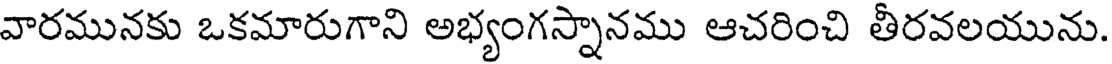
వారమునకు ఒకమారుగాని అభ్యంగస్నానము ఆచరించి తీరవలయును.